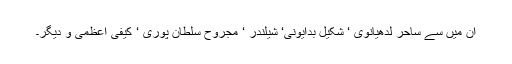
ان میں سے ساحر لدھیانوی ‘ شکیل بدایونی‘ شیلندر ‘ مجروح سلطان پوری ‘ کیفی اعظمی و دیگر۔